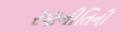
રણનીતિની